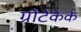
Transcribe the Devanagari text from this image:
ग्रोटेकेर्क